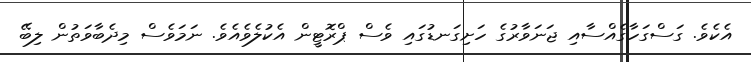
އެކެވެ. ގަސްގަހާގެއްސާއި ޖަނަވާރުގެ ހަށިގަނޑުގައި ވެސް ޕްރޮޓީން އެކުލެވެއެވެ. ނަމަވެސް މިދެބާވަތުން ލިބޭ